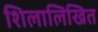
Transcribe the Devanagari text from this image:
शिलालिखित